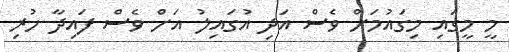
މީ މީގައި މިގައުމަށް ވެސް އަދި އުގައިލު އަށް ވެސް ފައިދާ ހުރި